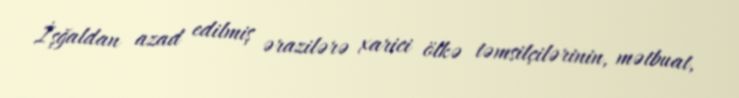
İşğaldan azad edilmiş ərazilərə xarici ölkə təmsilçilərinin, mətbuat,